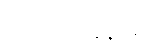
လေ့ကျင့်ခန်းများ